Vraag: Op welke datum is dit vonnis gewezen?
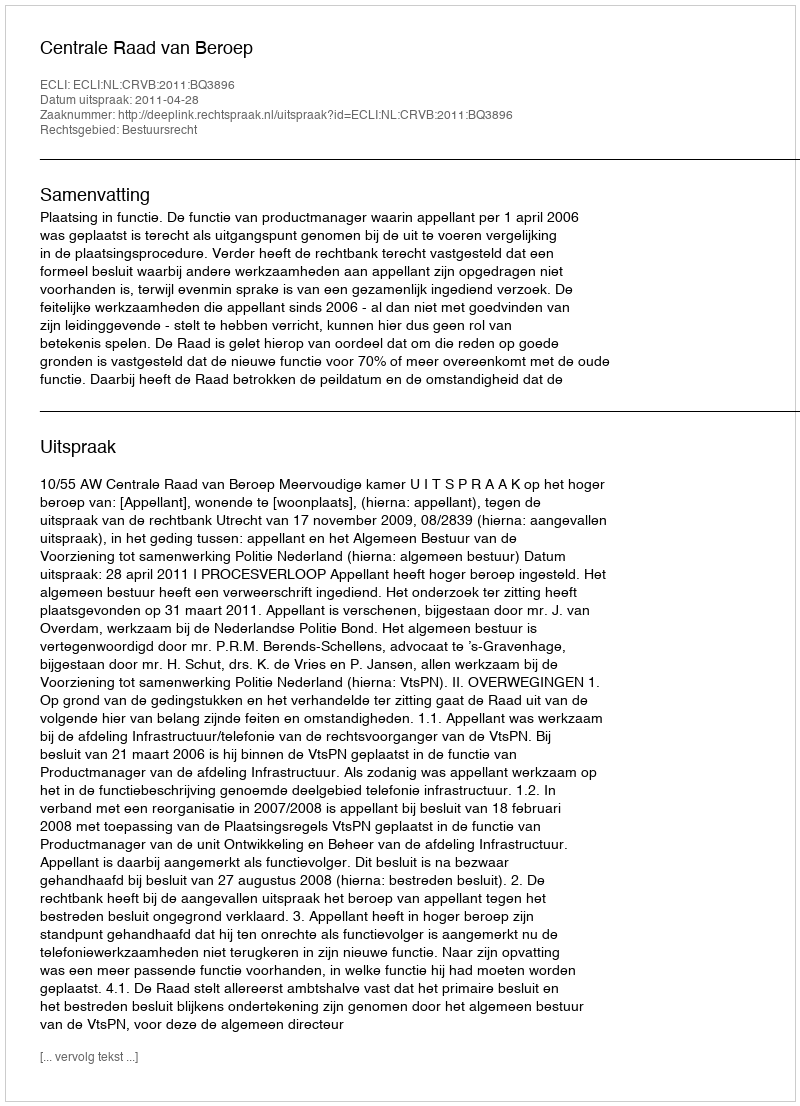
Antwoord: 2011-04-28